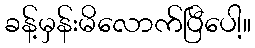
ခန့်မှန်းမိလောက်ပြီပေါ့။